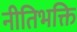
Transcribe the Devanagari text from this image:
नीतिभक्ति